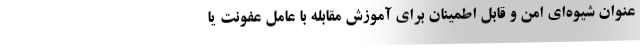
عنوان شیوه‌ای امن و قابل اطمینان برای آموزش مقابله با عامل عفونت یا